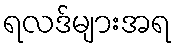
ရလဒ်များအရ